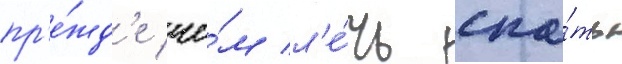
пр'е́жд'е че́м л'е́чь спа́ть